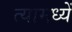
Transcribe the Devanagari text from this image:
त्यामध्यें